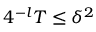
4 ^ { - l } T \le \delta ^ { 2 }